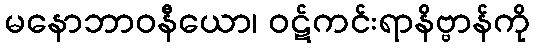
မနောဘာဝနီယော၊ ဝဋ်ကင်းရာနိဗ္ဗာန်ကို